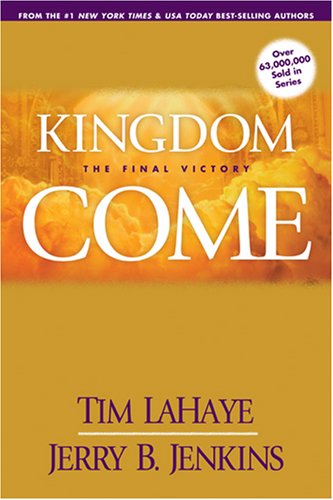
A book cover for Kingdom Come: The Final Victory (Left Behind); Tim LaHaye; Christian Books & Bibles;